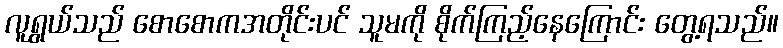
လူရွယ်သည် စောစောကအတိုင်းပင် သူမကို စိုက်ကြည့်နေကြောင်း တွေ့ရသည်။